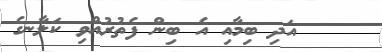
٦    އަދި ބިމާއި އެ ބިން ފެތުރުއްވި ކަލާނގެ